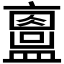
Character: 𥃂